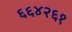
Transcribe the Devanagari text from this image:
६६४२६१